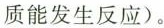
质能发生反应)。